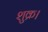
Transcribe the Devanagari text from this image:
शुक्र।